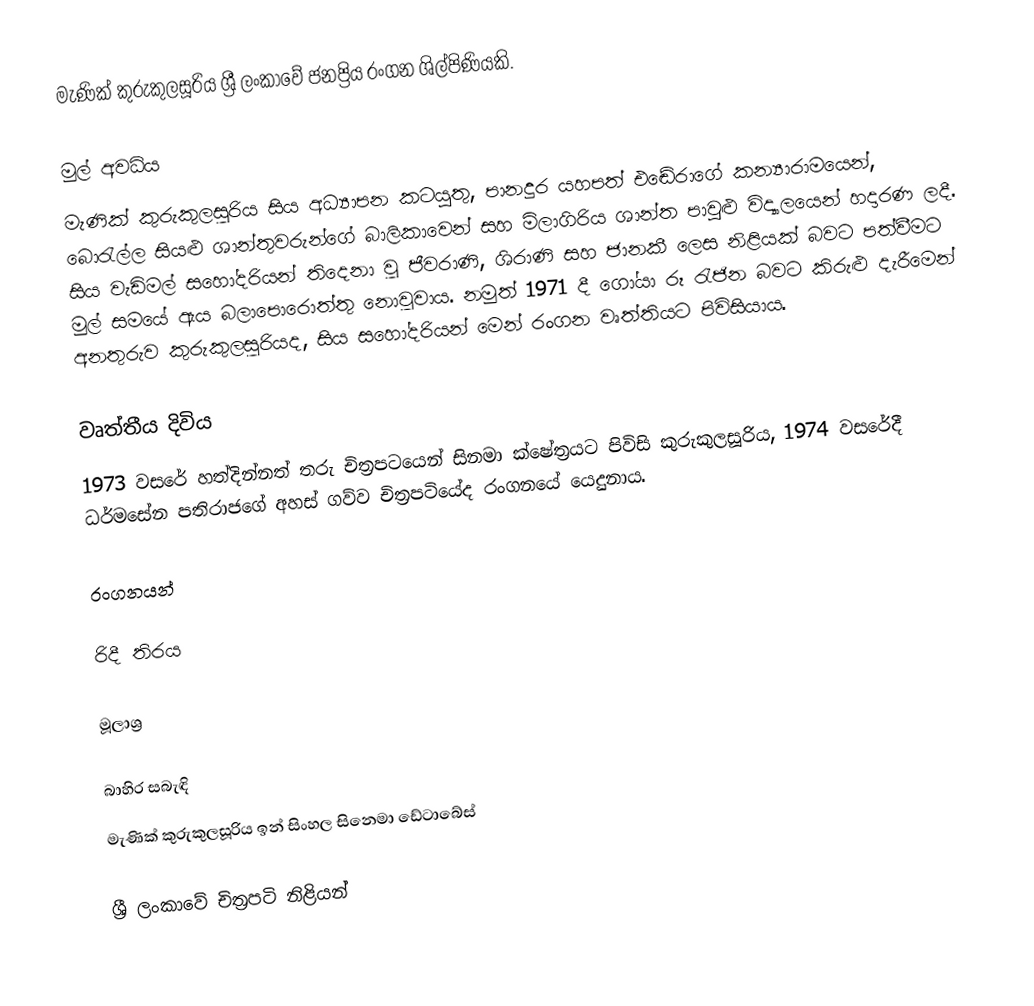
මැණික් කුරුකුලසූරිය ශ්‍රී ලංකාවේ ජනප්‍රිය රංගන ශිල්පිණියකි.

මුල් අවධිය
මැණික් කුරුකුලසූරිය  සිය අධ්‍යාපන කටයුතු, පානදුර යහපත් එඬේරාගේ කන්‍යාරාමයෙන්, බොරැල්ල සියළු ශාන්තුවරුන්ගේ බාලිකාවෙන් සහ මිලාගිරිය ශාන්ත පාවුළු විද්‍යාලයෙන් හදාරණ ලදී. සිය වැඩිමල් සහෝදරියන් තිදෙනා වූ ජීවරාණි, ශිරාණි සහ ජානකී ලෙස නිළියක් බවට පත්වීමට මුල් සමයේ ඇය බලාපොරොත්තු නොවූවාය. නමුත් 1971 දී ගෝයා රූ රැජින බවට කිරුළු දැරීමෙන් අනතුරුව කුරුකුලසූරියද, සිය සහෝදරියන් මෙන් රංගන වෘත්තියට පිවිසියාය.

වෘත්තීය දිවිය
1973 වසරේ හත්දින්නත් තරු චිත්‍රපටයෙන් සිනමා ක්ෂේත්‍රයට පිවිසි කුරුකුලසූරිය, 1974 වසරේදී ධර්මසේන පතිරාජගේ අහස් ගව්ව චිත්‍රපටියේද රංගනයේ යෙදුනාය.

රංගනයන්

රිදී තිරය

මූලාශ්‍ර

බාහිර සබැඳි
මැණික් කුරුකුලසූරිය ඉන් සිංහල සිනෙමා ඩේටාබේස්

ශ්‍රී ලංකාවේ චිත්‍රපටි නිළියන්